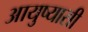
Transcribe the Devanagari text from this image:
आयुष्यासी